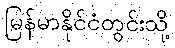
မြန်မာနိုင်ငံတွင်းသို့